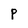
Character: P